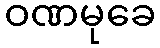
ဝဏမုခေ